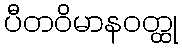
ပီတဝိမာနဝတ္ထု